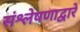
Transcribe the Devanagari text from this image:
संश्लेषणाद्वारे